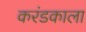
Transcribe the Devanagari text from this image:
करंडकाला